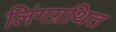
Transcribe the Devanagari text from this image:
लिंगग्रथित